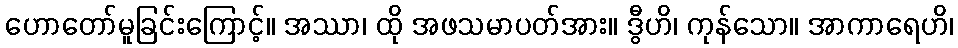
ဟောတော်မူခြင်းကြောင့်။ အဿာ၊ ထို အဖသမာပတ်အား။ ဒွီဟိ၊ ကုန်သော။ အာကာရေဟိ၊